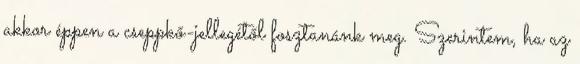
akkor éppen a cseppkő-jellegétől fosztanánk meg. Szerintem, ha az